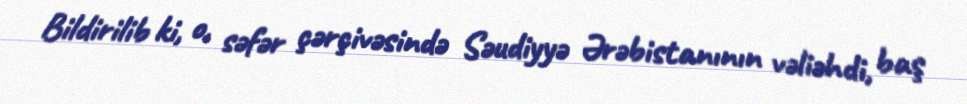
Bildirilib ki, o, səfər çərçivəsində Səudiyyə Ərəbistanının vəliəhdi, baş